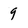
Character: 9